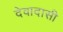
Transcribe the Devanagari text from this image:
देवादासी